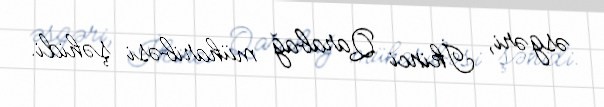
əsgəri, İkinci Qarabağ müharibəsi şəhidi.